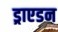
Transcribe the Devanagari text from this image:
ड्राएडन